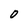
Character: O